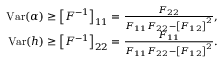
\begin{array} { r l r } & { } & { \mathrm { V a r } ( \alpha ) \ge \left[ F ^ { - 1 } \right] _ { 1 1 } = \frac { F _ { 2 2 } } { F _ { 1 1 } F _ { 2 2 } - \left[ F _ { 1 2 } \right] ^ { 2 } } , } \\ & { } & { \mathrm { V a r } ( h ) \ge \left[ F ^ { - 1 } \right] _ { 2 2 } = \frac { F _ { 1 1 } } { F _ { 1 1 } F _ { 2 2 } - \left[ F _ { 1 2 } \right] ^ { 2 } } . } \end{array}